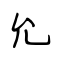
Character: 允